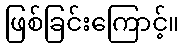
ဖြစ်ခြင်းကြောင့်။